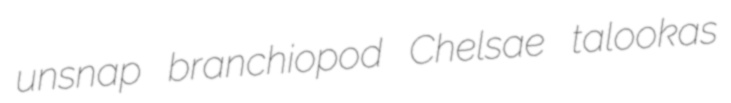
unsnap branchiopod Chelsae talookas